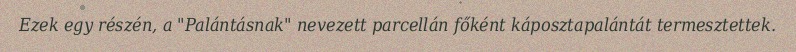
Ezek egy részén, a "Palántásnak" nevezett parcellán főként káposztapalántát termesztettek.